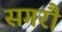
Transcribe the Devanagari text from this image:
सगरौ